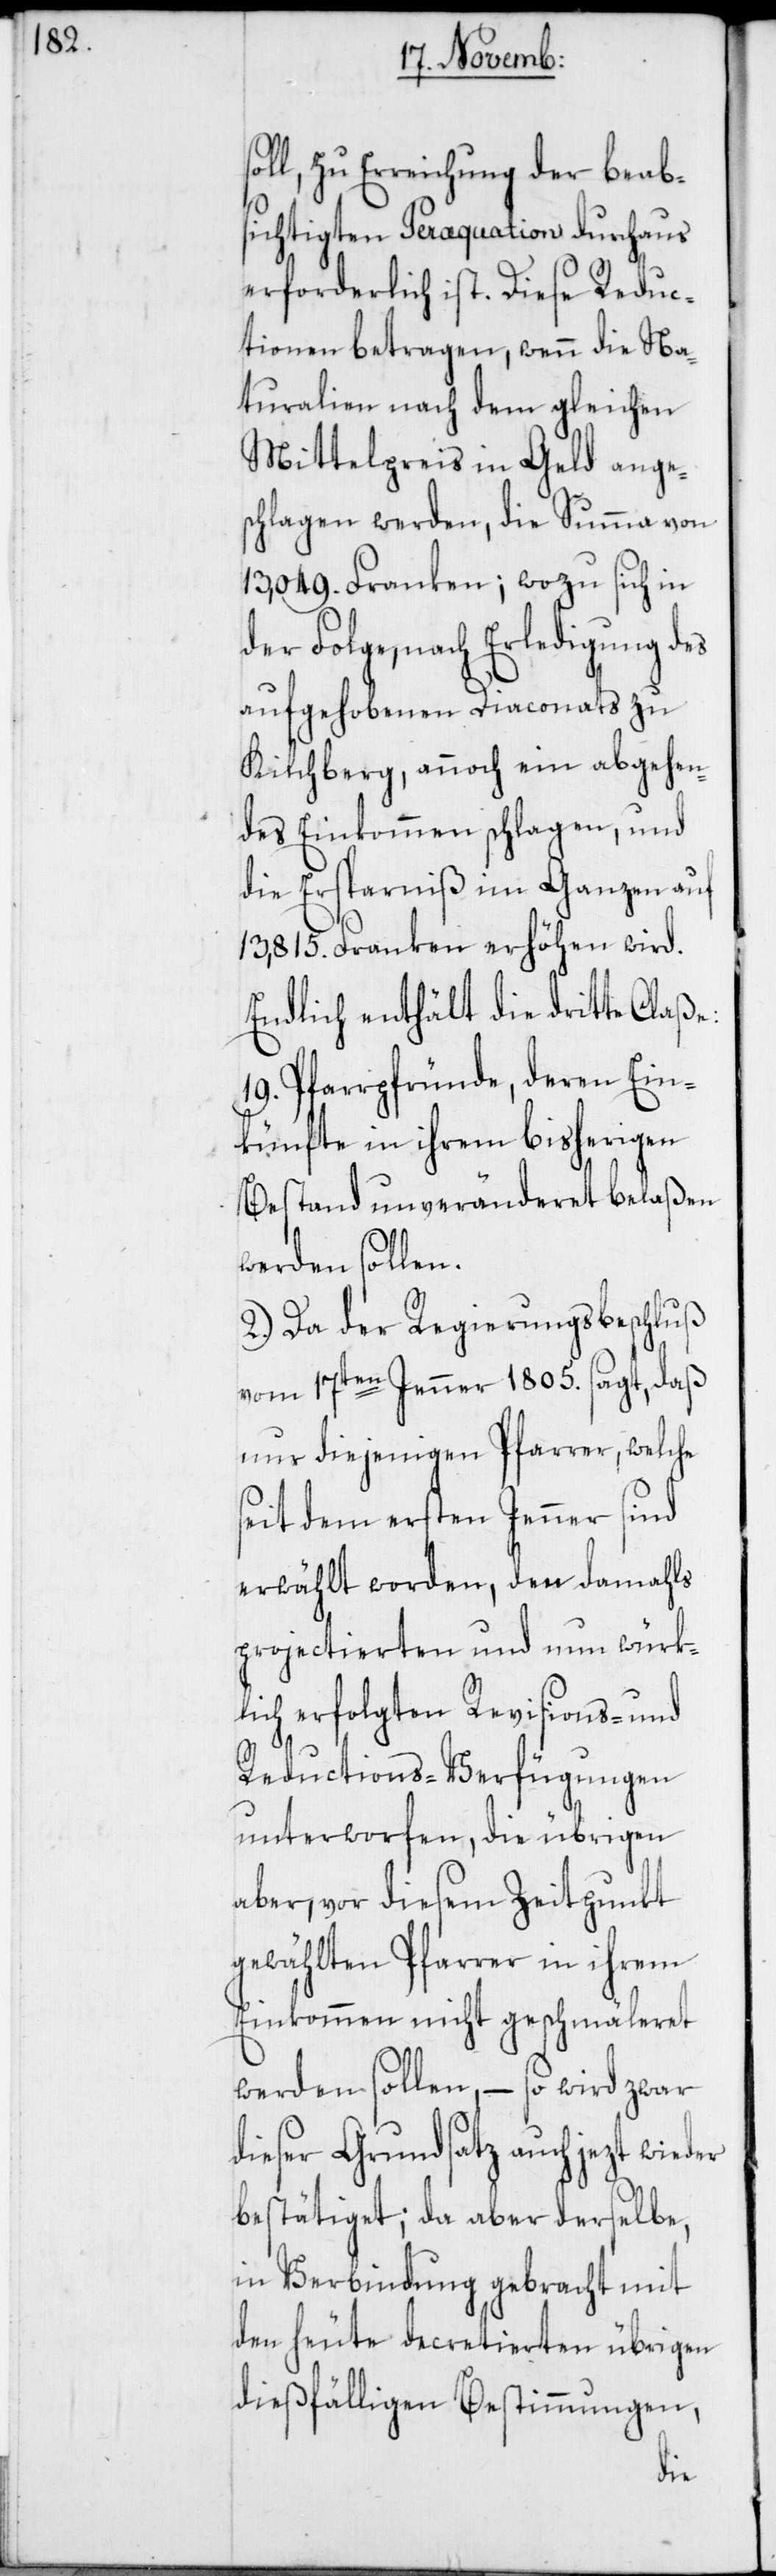
zu Erreichung der beab¬
sichtigten Peræquation durchaus
erforderlich ist. Diese Reduc¬
tionen betragen, wenn die Na¬
turalien nach dem gleichen
Mittelpreis in Geld ange¬
schlagen werden, die Summa von
13,049. Franken; wozu sich in
der Folge, nach Erledigung des
aufgehobenen Diaconats zu
Kilchberg, annoch ein abgehen¬
des Einkommen schlagen, und
die Ersparniß im Ganzen auf
13,815. Franken erhöhen wird.
Endlich enthält die dritte Claße:
19. Pfarrpfründe, deren Ein¬
künfte in ihrem bisherigen
Bestand unveränderet belaßen
werden sollen.
2.) Da der Regierungsbeschluß
vom 17ten Jenner 1805. sagt, daß
nur diejenigen Pfarrer, welche
seit dem ersten Jenner sind
erwählt worden, den damahls
projectierten und nun würk¬
lich erfolgten Revisions- und
Reductions-Verfügungen
unterworfen, die übrigen
aber, vor diesem Zeitpunkt
gewählten Pfarrer in ihrem
Einkommen nicht geschmäleret
werden sollen, – so wird zwar
dieser Grundsatz auch jezt wieder
bestätiget; da aber derselbe,
in Verbindung gebracht mit
den heute decretierten übrigen
dießfälligen Bestimmungen,